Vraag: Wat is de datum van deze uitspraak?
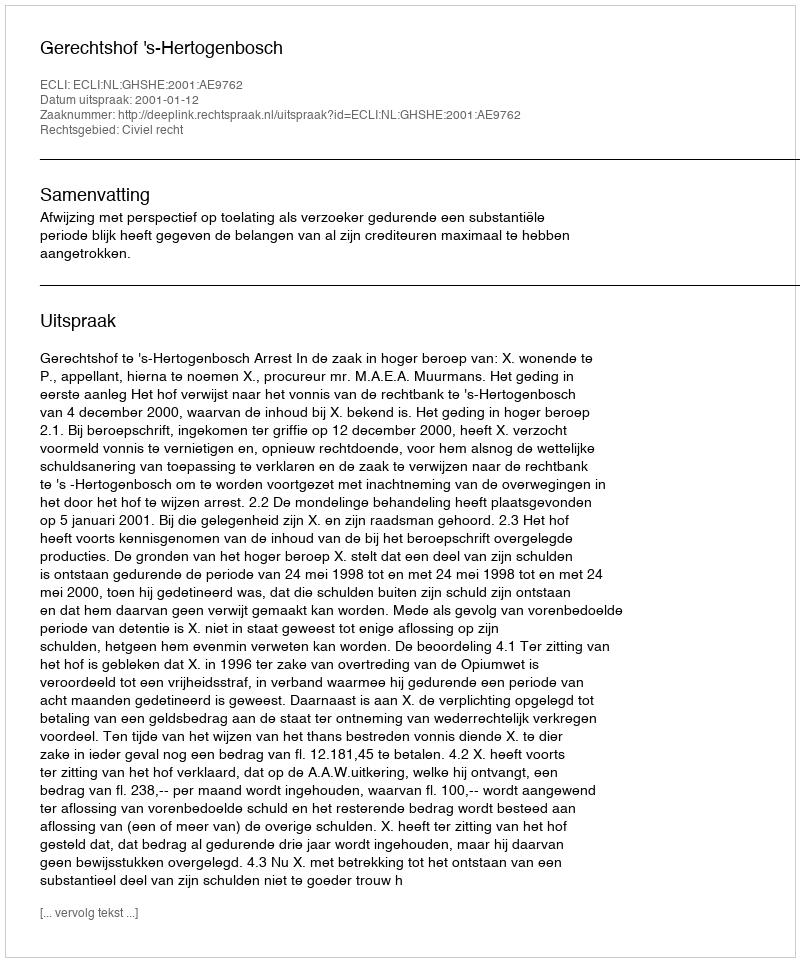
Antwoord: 2001-01-12